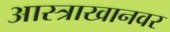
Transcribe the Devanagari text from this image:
आस्त्राखानवर